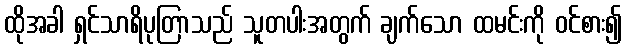
ထိုအခါ ရှင်သာရိပုတြာသည် သူတပါးအတွက် ချက်သော ထမင်းကို ဝင်စား၍